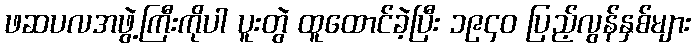
ဖဆပလအဖွဲ့ကြီးကိုပါ ပူးတွဲ ထူထောင်ခဲ့ပြီး ၁၉၄၀ ပြည့်လွန်နှစ်များ